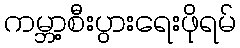
ကမ္ဘာ့စီးပွားရေးဖိုရမ်